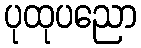
ပုထုပညော